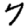
Digit: 7